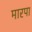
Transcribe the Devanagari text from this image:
मारपा